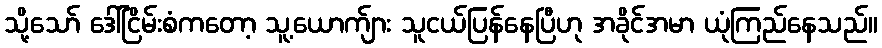
သို့သော် ဒေါ်ငြိမ်းစံကတော့ သူ့ယောက်ျား သူငယ်ပြန်နေပြီဟု အခိုင်အမာ ယုံကြည်နေသည်။